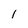
Character: 1